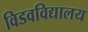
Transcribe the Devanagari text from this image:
विडवविद्यालय